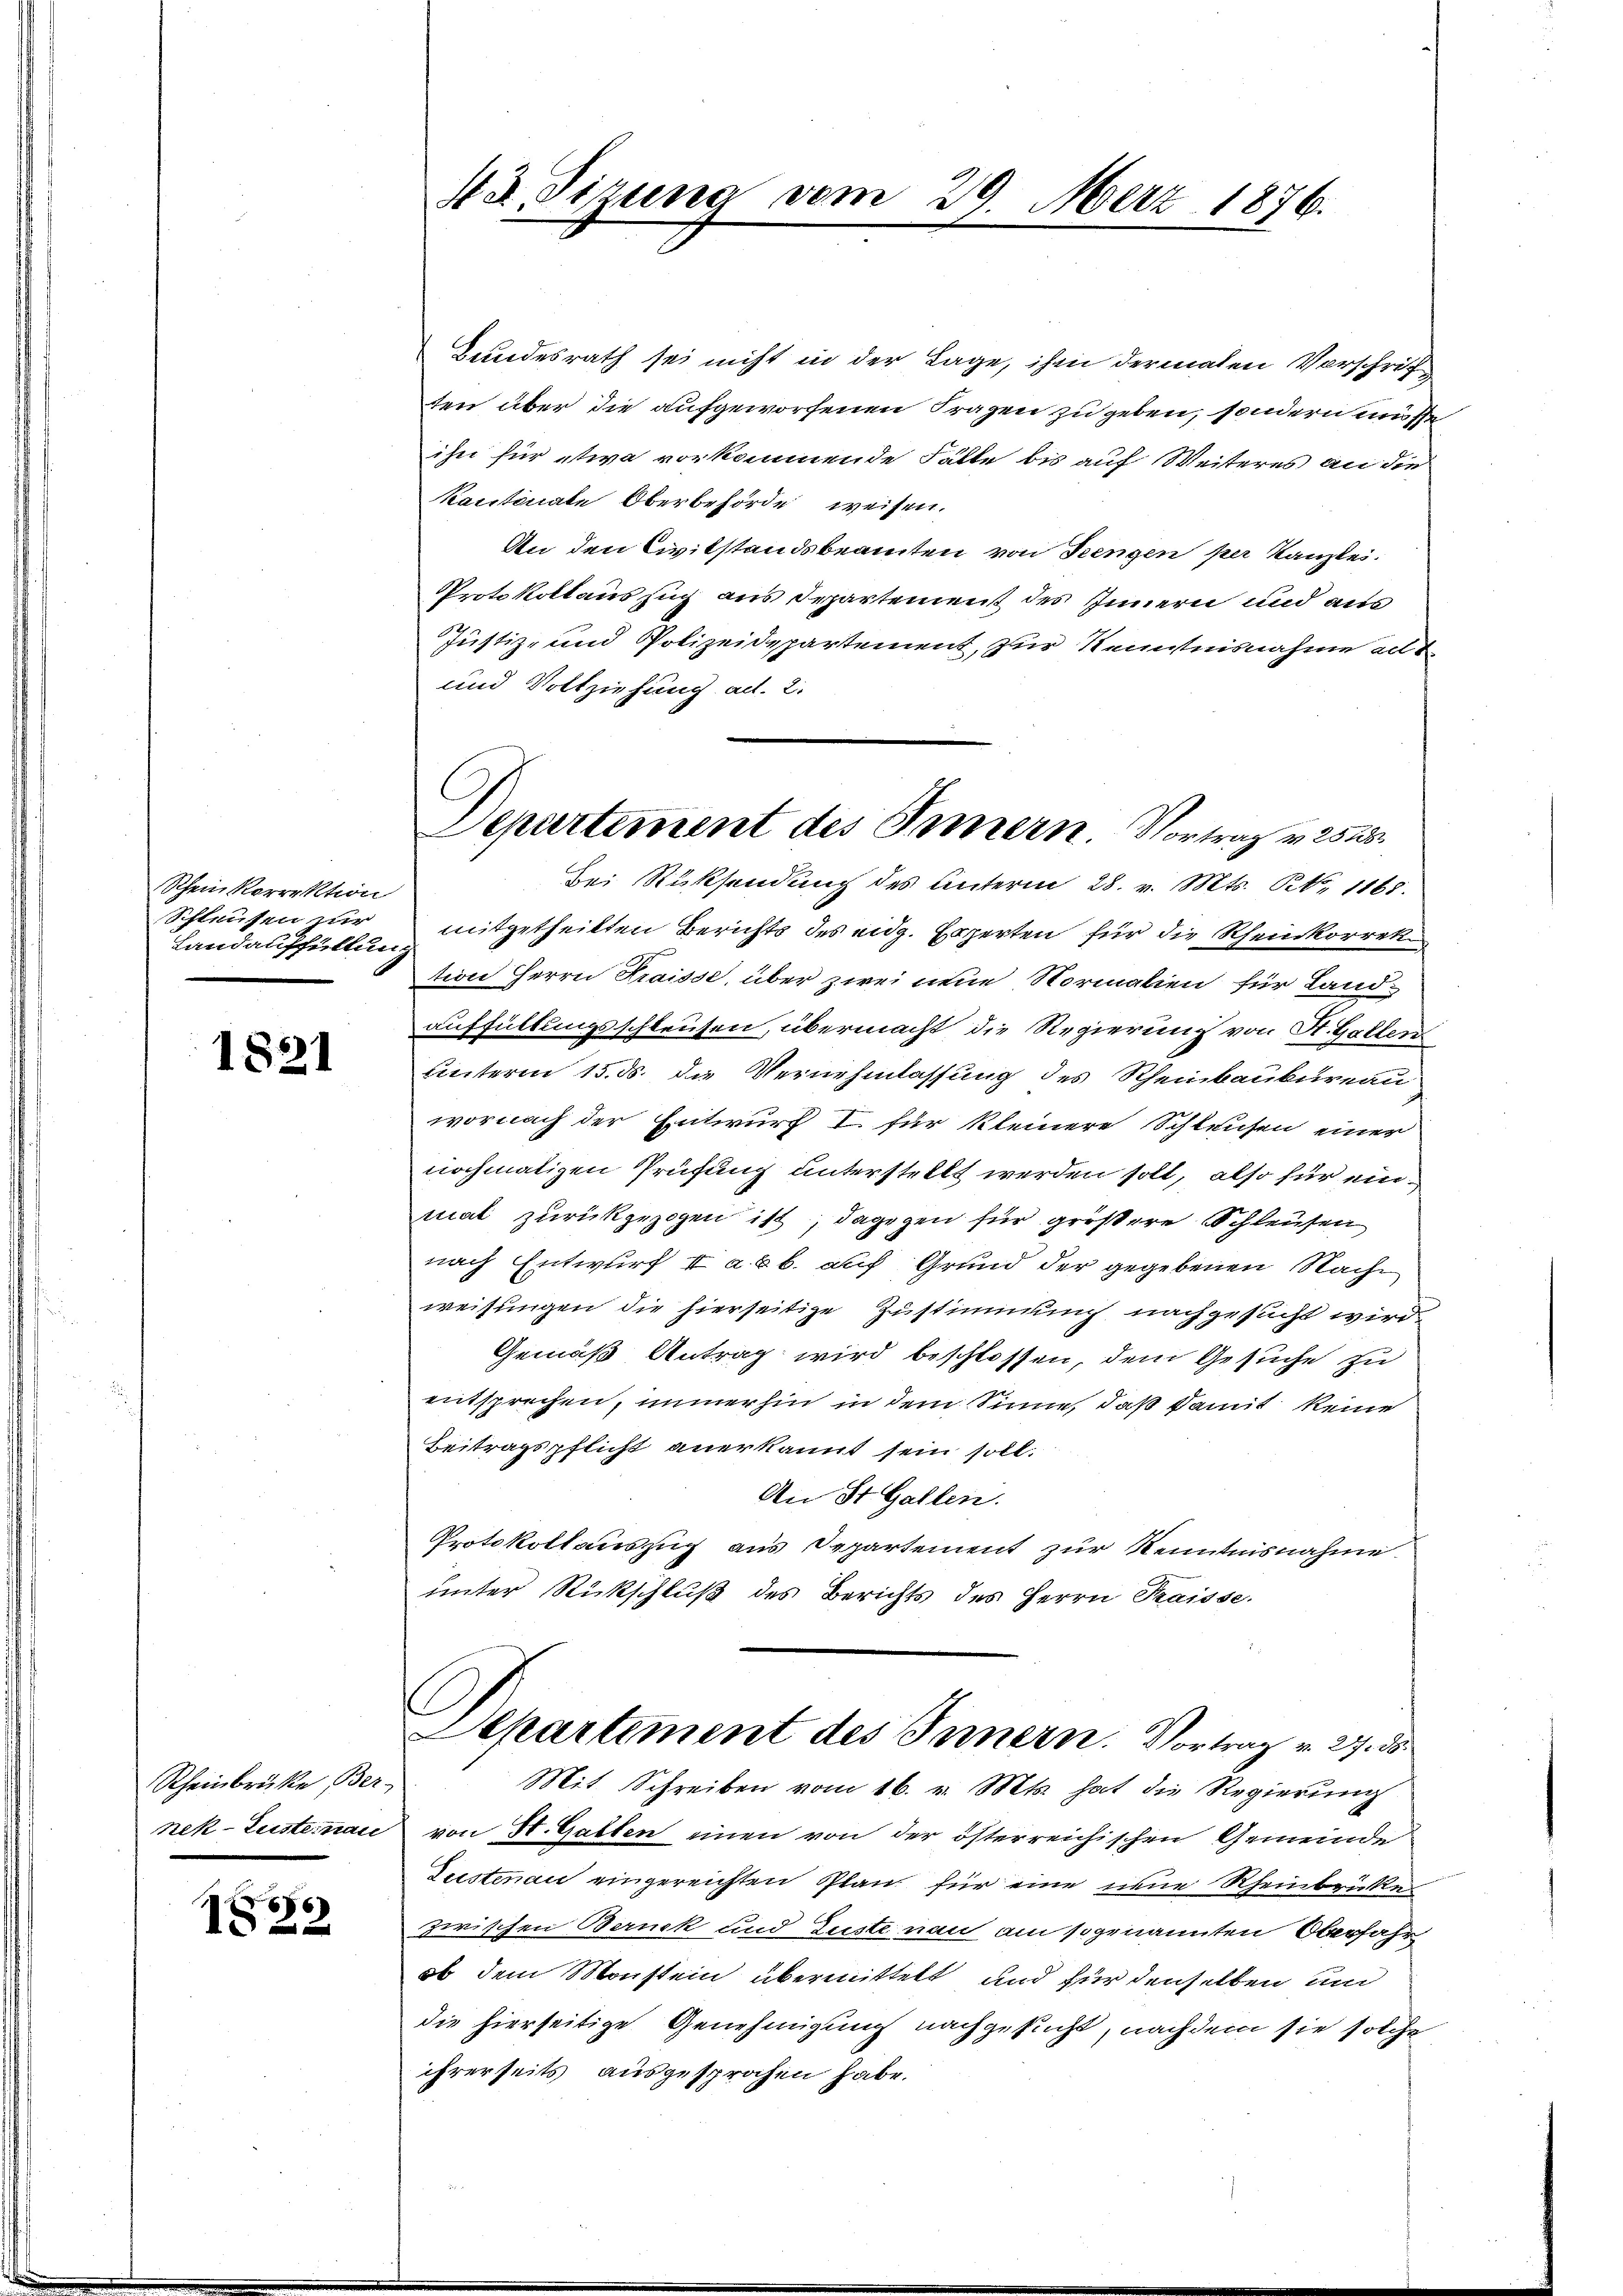
Schein Korrektion
Schleusen zur
Landauffüllen

1821

Rheinbrückte Ber-

1850

43. Sitzung vom 29. März 1876.

Bundesrath sei nicht in der Lage, ihm dermalen Vorschriften über die aufgeworfenen Fragen zu geben, sondern müsse,
ihn für etwa vorkommende Fälle bis auf Weiteres an die
kantonale Oberbehörde weisen.
An den Civilstandsbeamten von Seengen per Kanzlei.
Protokollaus such aus Separtement des Innern und aus
Justiz- und Polizeidepartement, zur Kenntnisnahme all d
und Vollziehung ad. 2.
mitgetheilten Berichts des eidg. Experten für die Rheinkorrek
c
tion Herrn Kraisse, über zwei neue Normalien für Landauffüllungsschleusen, übermacht die Regierung von St. Gallen
unterm 15. ds. die Vernehmlassung des Rheinbaukureau
wornach der Entwurf I. für kleinere Schleusen einer
nochmaligen Prüfung unterstellt werden soll, also für einmat zurückgezogen ist, dagegen für größere Schleusen
nach Entwurf I a b b. auf Grund der gegebenen Nachweisungen die hierseitige Zustimmung nachgesucht wird
Gemäß Antrag wird beschlossen, dem Gesuche zu
entsprechen, immerhin in dem Sinne, daß damit keine
Beitragspflicht anerkannt sein soll.
An St. Gallen.
Protokollauszug aus Departement zur Kenntnisnahme
unter Rückschluß des Berichts des Herrn Kraisse.

l
Departement des Innern. Vortrag v. 252.
Bei Rücksendung des Unterm 28. v. Mts. NNo. 1165.

Separtement des Innern. Vortrag v. 27. ds.
Mit Schreiben vom 16. v. Mts. hat die Regierung

nek-Lusteinac von St. Gatten einen von der österreichischen Gemeinde
Zustenau eingereichten Plan für eine neue Rheinbrücken
zwischen Bernek und Zuste non am sogenannten Oberfahr
ob dem Monstein übermittelt und für denselben und
die hierseitige Genehmigung nachgesucht, nachdem sie solche
ihrerseits ausgesprochen habe.